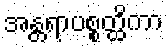
အန္တရာပစ္စတ္ထိကာ